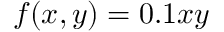
f ( x , y ) = 0 . 1 x y